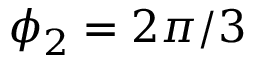
\phi _ { 2 } = 2 \pi / 3